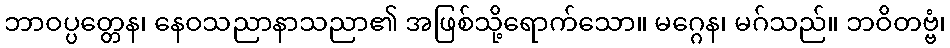
ဘာဝပ္ပတ္တေန၊ နေဝသညာနာသညာ၏ အဖြစ်သို့ရောက်သော။ မဂ္ဂေန၊ မဂ်သည်။ ဘဝိတဗ္ဗံ၊